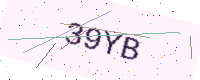
Text: 39YB